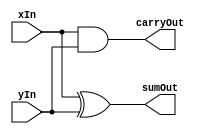
`timescale 1ns/1ps


module HalfAdder( output wire sumOut, carryOut, input wire xIn, yIn );
    // xor #1 U1(sumOut,   xIn,  yIn);
    // and #1 U2(carryOut, xIn, yIn);
    assign #1 sumOut   = xIn ^ yIn;
    assign #1 carryOut = xIn & yIn;
endmodule // HalfAdder


module FullAdder( output wire sumOut, carryOut, input wire xIn, yIn, carryIn );
    wire ha1Sum, ha1CarryOut, ha2CarryOut;

    HalfAdder halfAdder_1(ha1Sum, ha1CarryOut, xIn,    yIn);
    HalfAdder halfAdder_2(sumOut, ha2CarryOut, ha1Sum, carryIn);

    // or #1 or_1(carryOut, ha2CarryOut, ha1CarryOut);
    assign #1 carryOut = ha2CarryOut | ha1CarryOut;
endmodule // FullAdder


module RippleCarryAdder4Bit( 
    output wire [3:0] sumOut, 
    output wire carryOut,

    input wire [3:0] xIn, yIn,
    input wire carryIn
);
    wire carry1, carry2, carry3;

    FullAdder fullAdder_1(sumOut[0], carry1,   xIn[0], yIn[0], carryIn);
    FullAdder fullAdder_2(sumOut[1], carry2,   xIn[1], yIn[1], carry1);
    FullAdder fullAdder_3(sumOut[2], carry3,   xIn[2], yIn[2], carry2);
    FullAdder fullAdder_4(sumOut[3], carryOut, xIn[3], yIn[3], carry3);
endmodule // RippleCarryAdder4Bit